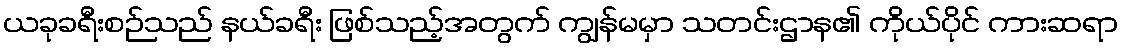
ယခုခရီးစဉ်သည် နယ်ခရီး ဖြစ်သည့်အတွက် ကျွန်မမှာ သတင်းဌာန၏ ကိုယ်ပိုင် ကားဆရာ